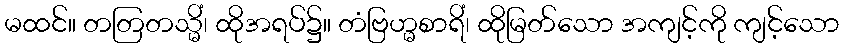
မထင်။ တတြတသ္မိံ၊ ထိုအရပ်၌။ တံဗြဟ္မစာရိံ၊ ထိုမြတ်သော အကျင့်ကို ကျင့်သော